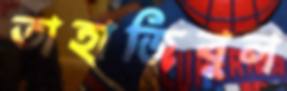
তাহাজিবুল